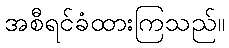
အစီရင်ခံထားကြသည်။